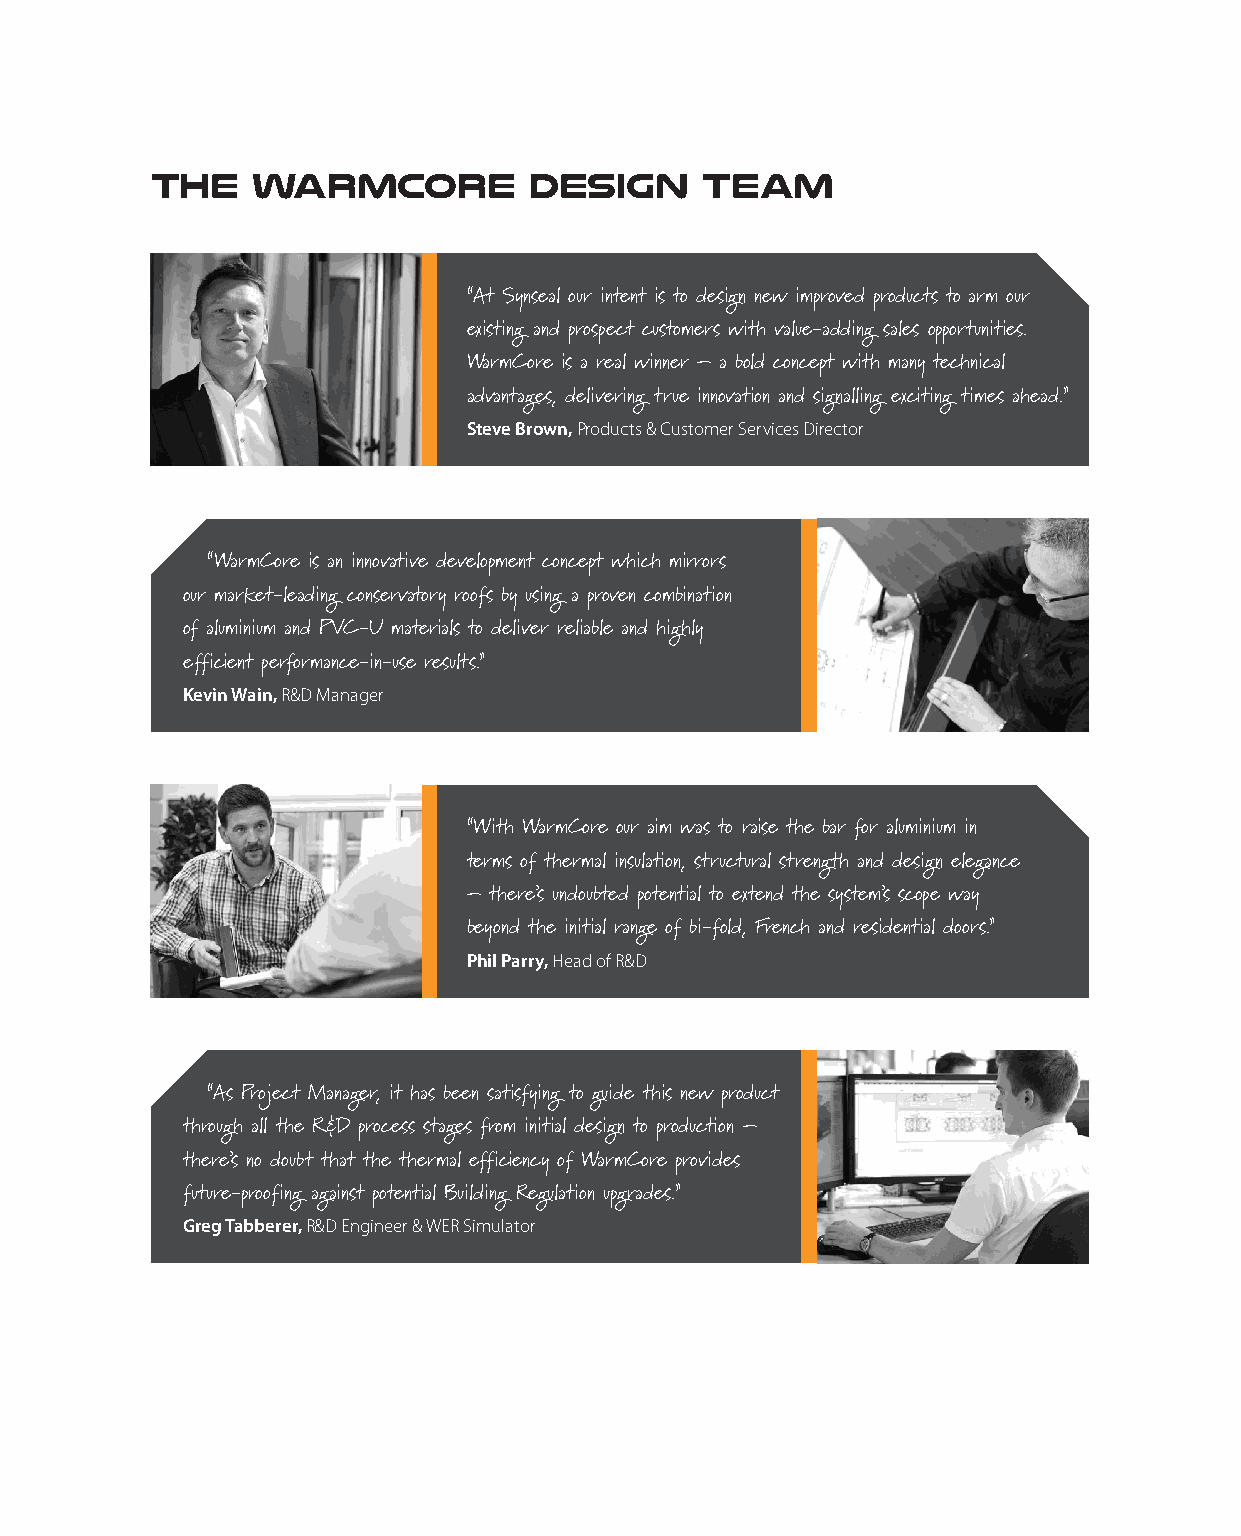
The    Warmcore          design     team
 “At Synseal our intent is to design new improved products to arm our
 existing and prospect customers with value-adding sales opportunities.
 WarmCore is a real winner – a bold concept with many technical
 advantages, delivering true innovation and signalling exciting times ahead.”
 Steve Brown, Products & Customer Services Director
 “WarmCore is an innovative development concept which mirrors
 our market-leading conservatory roofs by using a proven combination
 of aluminium and PVC-U materials to deliver reliable and highly
 efficient performance-in-use results.”
 Kevin Wain, R&D Manager
 “With WarmCore our aim was to raise the bar for aluminium in
 terms of thermal insulation, structural strength and design elegance
 – there’s undoubted potential to extend the system’s scope way
 beyond the initial range of bi-fold, French and residential doors.”
 Phil Parry, Head of R&D
 “As Project Manager, it has been satisfying to guide this new product
 through all the R&D process stages from initial design to production –
 there’s no doubt that the thermal efficiency of WarmCore provides
 future-proofing against potential Building Regulation upgrades.”
 Greg Tabberer, R&D Engineer & WER Simulator